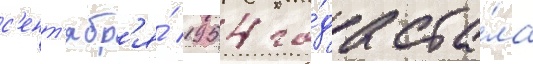
с'ент'ябр'я́ 1954 го́да ста́ла